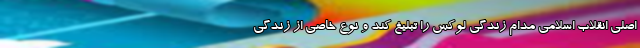
اصلی انقلاب اسلامی مدام زندگی لوکس را تبلیغ کند و نوع خاصی از زندگی